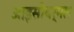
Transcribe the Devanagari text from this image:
आइसोथर्मल